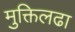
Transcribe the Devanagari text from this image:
मुक्तिलढा